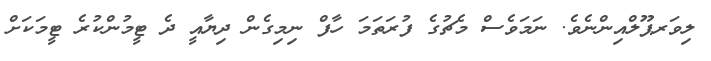
ލިވަރޕޫލްއިންނެވެ. ނަމަވެސް މެޗުގެ ފުރަތަމަ ހާފް ނިމިގެން ދިޔާއީ ދެ ޓީމުންކުރެ ޓީމަކަށް